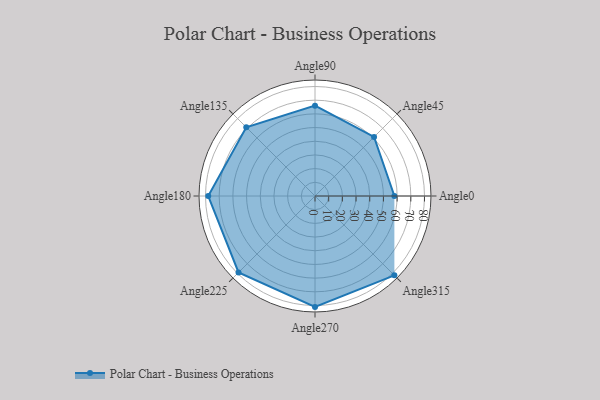
{"axis": {"x": "Angle", "y": "Radius"}, "legend": [""], "data": [{"x": "Angle0", "y": 58.0, "type": ""}, {"x": "Angle45", "y": 61.0, "type": ""}, {"x": "Angle90", "y": 66.0, "type": ""}, {"x": "Angle135", "y": 71.0, "type": ""}, {"x": "Angle180", "y": 78.0, "type": ""}, {"x": "Angle225", "y": 79.0, "type": ""}, {"x": "Angle270", "y": 81.0, "type": ""}, {"x": "Angle315", "y": 82.0, "type": ""}]}